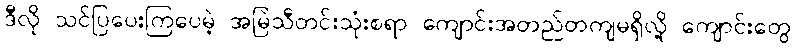
ဒီလို သင်ပြပေးကြပေမဲ့ အမြဲသီတင်းသုံးစရာ ကျောင်းအတည်တကျမရှိလို့ ကျောင်းတွေ